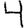
Digit: 4